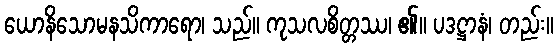
ယောနိသောမနသိကာရော၊ သည်။ ကုသလစိတ္တဿ၊ ၏။ ပဒဋ္ဌာနံ၊ တည်း။